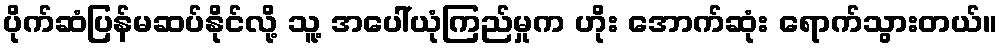
ပိုက်ဆံပြန်မဆပ်နိုင်လို့ သူ့ အပေါ်ယုံကြည်မှုက ဟိုး အောက်ဆုံး ရောက်သွားတယ်။